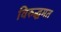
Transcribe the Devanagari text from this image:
विरुद्धमत